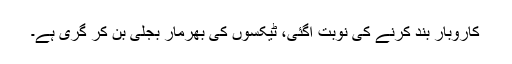
کاروبار بند کرنے کی نوبت آگئی، ٹیکسوں کی بھرمار بجلی بن کر گری ہے۔